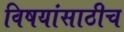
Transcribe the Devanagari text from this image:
विषयांसाठीच